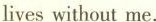
liveswithout me.